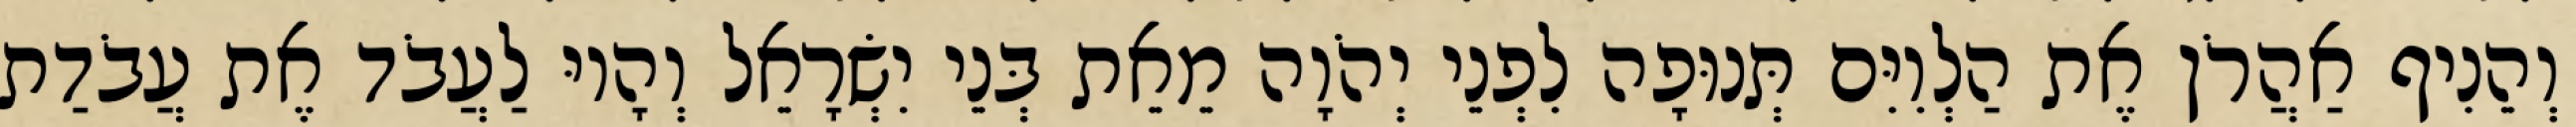
וְהֵנִיף אַהֲרֹן אֶת הַלְוִיִּם תְּנוּפָה לִפְנֵי יְהֹוָה מֵאֵת בְּנֵי יִשְׂרָאֵל וְהָיוּ לַעֲבֹד אֶת עֲבֹדַת